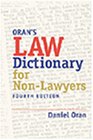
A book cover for Law Dictionary for Nonlawyers (Paralegal Reference Materials); Daniel Oran; Law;